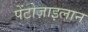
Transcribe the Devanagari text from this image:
पेंटोज़ाइलान